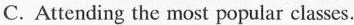
C. Atending the most popmular clhases.